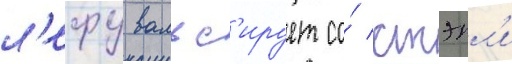
л'ефу вальс'ирует со́ стэнл'и